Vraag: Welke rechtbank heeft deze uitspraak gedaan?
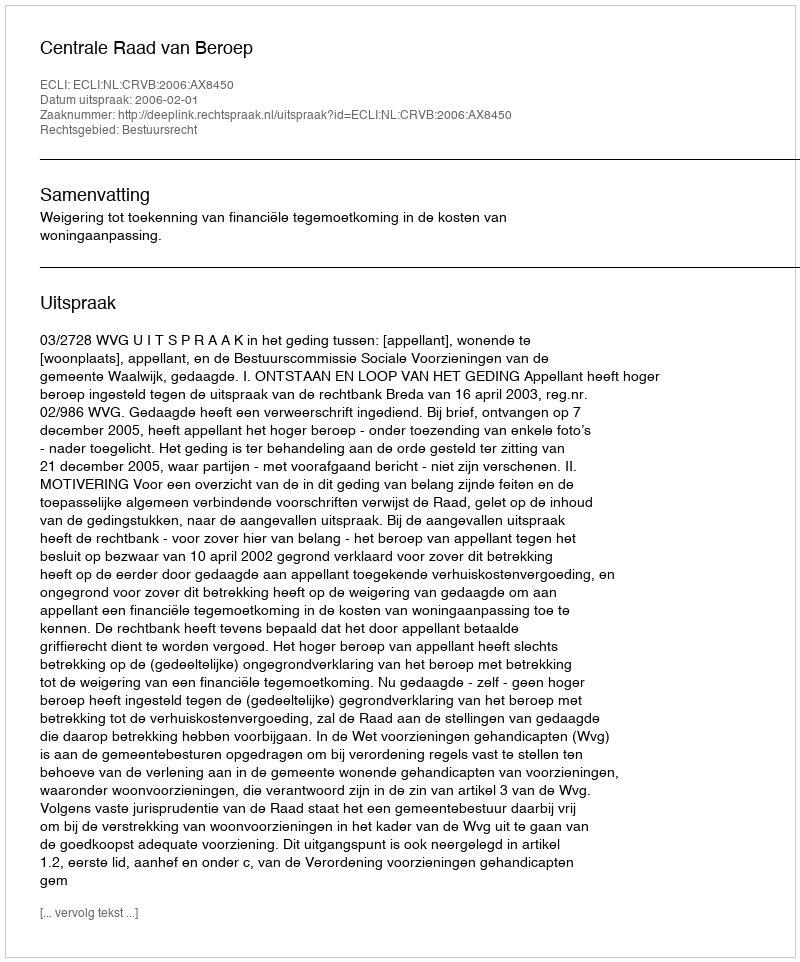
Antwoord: Centrale Raad van Beroep